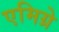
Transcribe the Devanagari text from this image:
एमिग्रे